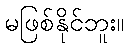
မဖြစ်နိုင်ဘူး။